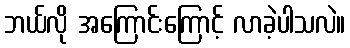
ဘယ်လို အကြောင်းကြောင့် လာခဲ့ပါသလဲ။